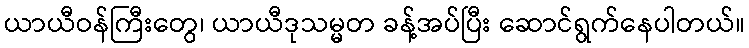
ယာယီဝန်ကြီးတွေ၊ ယာယီဒုသမ္မတ ခန့်အပ်ပြီး ဆောင်ရွက်နေပါတယ်။